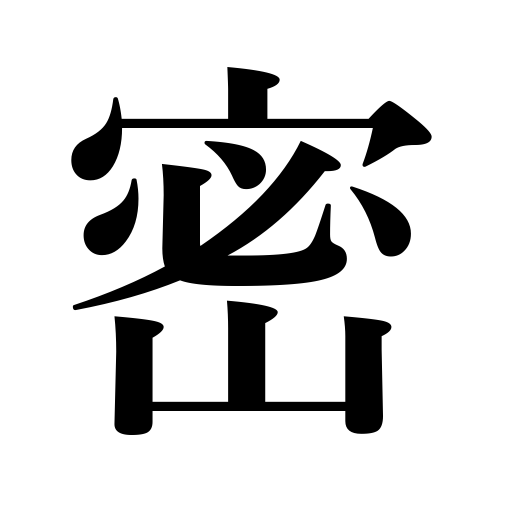
Meanings: fineness,denseness of population,secrecy,carefulness,minuteness